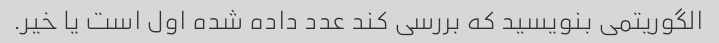
الگوریتمی بنویسید که بررسی کند عدد داده شده اول است یا خیر.